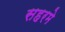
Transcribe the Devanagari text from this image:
सहरमे